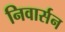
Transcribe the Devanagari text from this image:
निवार्सन